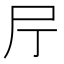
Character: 𡰨